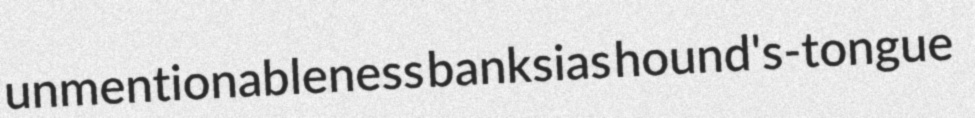
unmentionableness banksias hound's-tongue